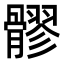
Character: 髎